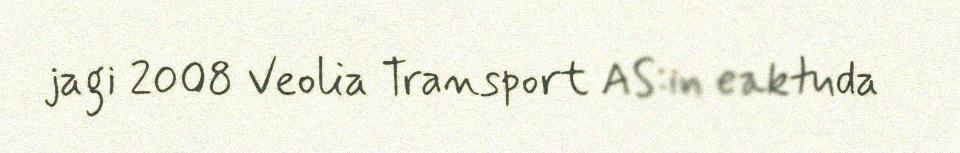
jagi 2008 Veolia Transport AS:in eaktuda